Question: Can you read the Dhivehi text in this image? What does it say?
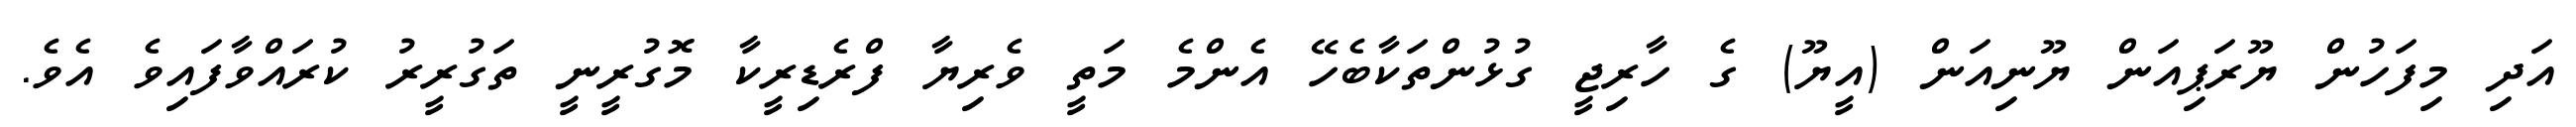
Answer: އަދި މިފަހުން ޔޫރަޕިއަން ޔޫނިއަން (އީޔޫ) ގެ ހާރިޖީ ގުޅުންތަކާބެހޭ އެންމެ މަތީ ވެރިޔާ ފްރެޑިރީކާ މޮގުރީނީ ތަގުރީރު ކުރައްވާފައިވެ އެވެ.